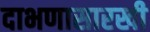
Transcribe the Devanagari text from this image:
दाभणासारखी